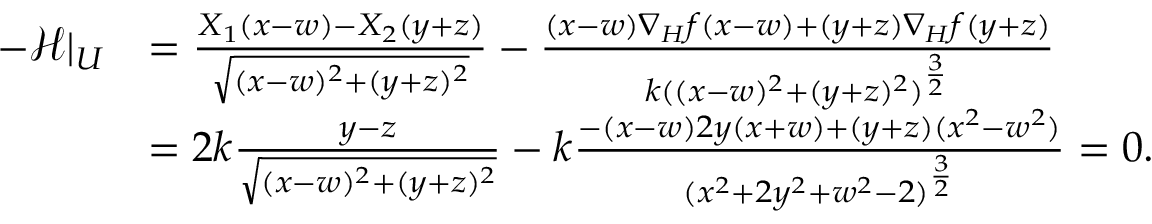
\begin{array} { r l } { - \mathcal { H } | _ { U } } & { = \frac { X _ { 1 } ( x - w ) - X _ { 2 } ( y + z ) } { \sqrt { ( x - w ) ^ { 2 } + ( y + z ) ^ { 2 } } } - \frac { ( x - w ) \nabla _ { H } f ( x - w ) + ( y + z ) \nabla _ { H } f ( y + z ) } { k ( ( x - w ) ^ { 2 } + ( y + z ) ^ { 2 } ) ^ { \frac { 3 } { 2 } } } } \\ & { = 2 k \frac { y - z } { \sqrt { ( x - w ) ^ { 2 } + ( y + z ) ^ { 2 } } } - k \frac { - ( x - w ) 2 y ( x + w ) + ( y + z ) ( x ^ { 2 } - w ^ { 2 } ) } { ( x ^ { 2 } + 2 y ^ { 2 } + w ^ { 2 } - 2 ) ^ { \frac { 3 } { 2 } } } = 0 . } \end{array}